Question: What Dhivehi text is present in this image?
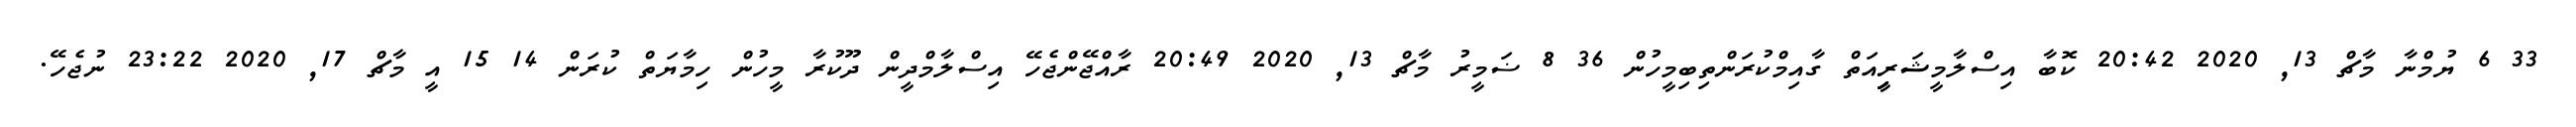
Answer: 33 6 ޔުމްނާ މާޗް 13, 2020 20:42 ކޮބާ އިސްލާމީޝަރިިީއަތް ގާއިމްކުރަންތިބިމީހުން 36 8 ޟަމީރު މާޗް 13, 2020 20:49 ރާއްޖޭންޖެހޭ އިސްލާމްދީން ދޫކުރާ މީހުން ހިމާޔަތް ކުރަން 14 15 އީ މާޗް 17, 2020 23:22 ނުޖެހޭ.